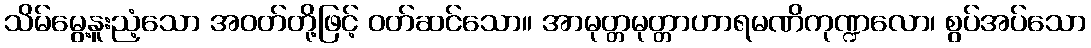
သိမ်မွေ့နူးညံ့သော အဝတ်တို့ဖြင့် ဝတ်ဆင်သော။ အာမုတ္တမုတ္တာဟာရမဏိကုဏ္ဍလော၊ စွပ်အပ်သော